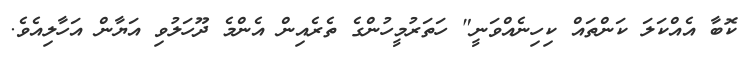
ކޮބާ އެއްކަލަ ކަންތައް ކިހިނެއްވަނީ" ހަތަރުމީހުންގެ ތެރެއިން އެންމެ ދޫހަލުވި އަޔާން އަހާލިއެވެ.